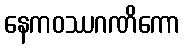
နေကဝဿဂဏိကော